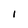
Character: l